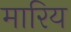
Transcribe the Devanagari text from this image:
मारिय